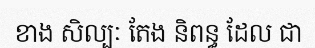
ខាង សិល្បៈ តែង និពន្ធ ដែល ជា